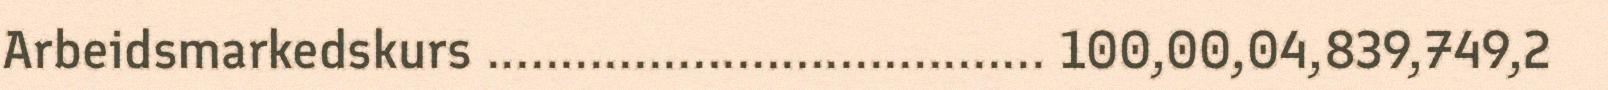
Arbeidsmarkedskurs ...................................... 100,00,04,839,749,2